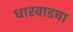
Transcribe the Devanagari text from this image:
धारवाडचा